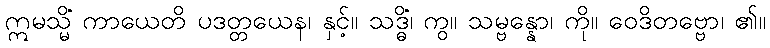
ဣမသ္မိံ ကာယေတိ ပဒတ္တယေန၊ နှင့်။ သဒ္ဓိံ၊ ကွ။ သမ္ဗန္နော၊ ကို။ ဝေဒိတဗ္ဗော၊ ၏။